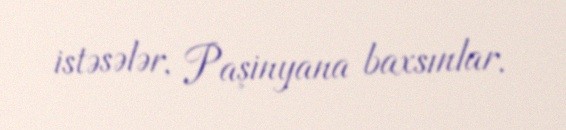
istəsələr, Paşinyana baxsınlar.